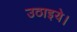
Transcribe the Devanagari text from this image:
उठाइये।